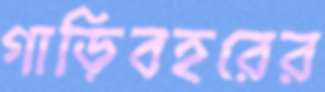
গাড়িবহরের